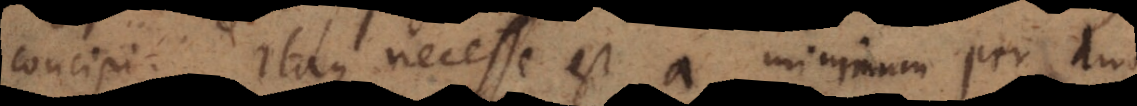
concipi. Itaque necesse est a minimum per duo